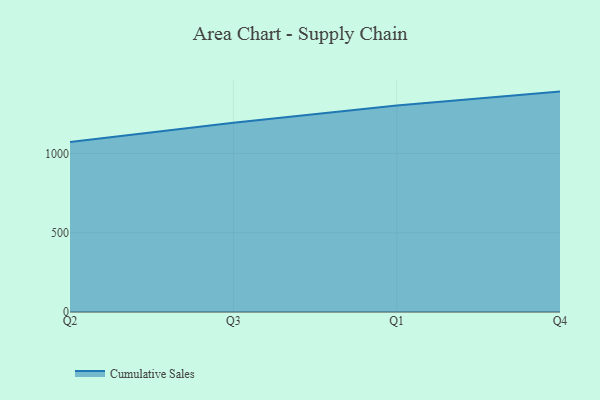
{"axis": {"x": "Quarter", "y": "Operating Costs (USD K)"}, "legend": ["Cumulative Sales"], "data": [{"x": "Q2", "y": 1071.7, "type": "Cumulative Sales"}, {"x": "Q3", "y": 1194.2, "type": "Cumulative Sales"}, {"x": "Q1", "y": 1302.1, "type": "Cumulative Sales"}, {"x": "Q4", "y": 1390.4, "type": "Cumulative Sales"}]}